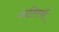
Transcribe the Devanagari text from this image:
गोरिलों